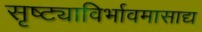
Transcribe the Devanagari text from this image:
सृष्ट्याविर्भावमासाद्य